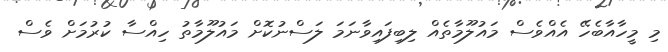
މި މީހާއާބެހޭ އެއްވެސް މައުލޫމާތެއް ލިބިފައިވާނަމަ ލަސްނުކޮށް މައުލޫމާތު ހިއްސާ ކުރުމަށް ވެސް